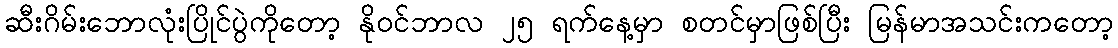
ဆီးဂိမ်းဘောလုံးပြိုင်ပွဲကိုတော့ နိုဝင်ဘာလ ၂၅ ရက်နေ့မှာ စတင်မှာဖြစ်ပြီး မြန်မာအသင်းကတော့